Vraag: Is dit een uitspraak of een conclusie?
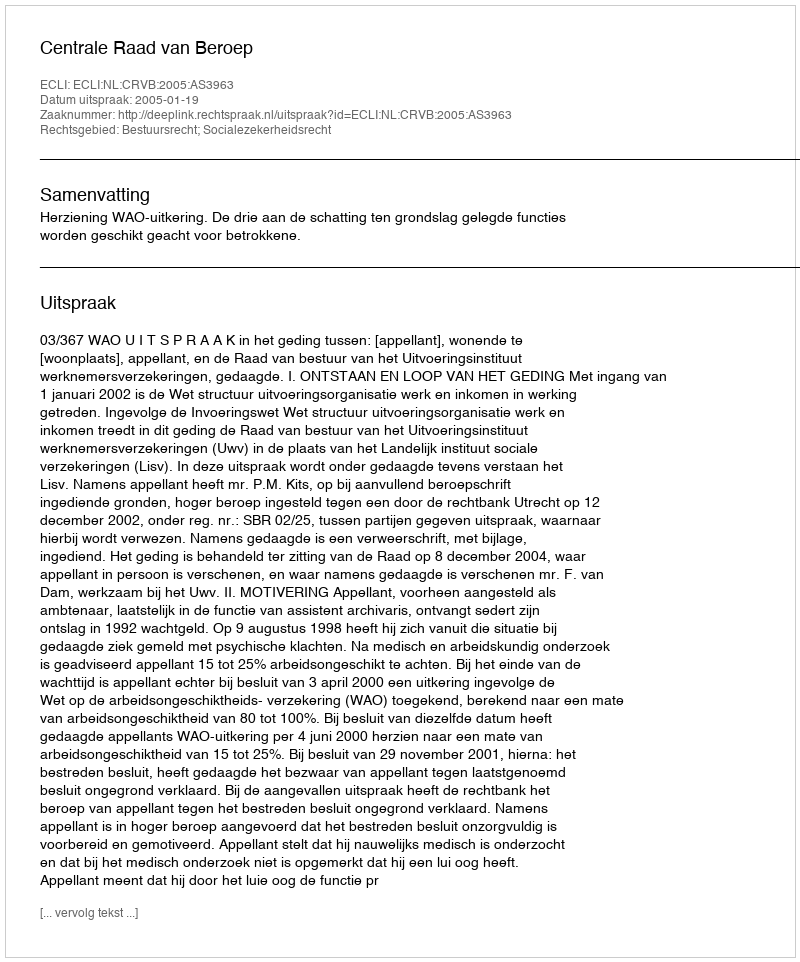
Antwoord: Uitspraak